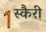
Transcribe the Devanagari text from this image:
स्कैरी